system: You are a helpful assistant.
user:
Analyze the provided spectrum to determine if it is a **"Cataclysmic Variables (CV)"**.

- **Key Indicators for CV (Check for either state):**
    - **State 1: Quiescent / Low-State (Emission-Dominated)**
        - **(Primary):** Strong and *very broad* Hydrogen Balmer emission lines (e.g., $H\alpha$ at 6563 Å, $H\beta$ at 4861 Å). The 'broadness' (high velocity dispersion, often FWHM > 1000 km/s) is the key diagnostic, indicating a high-velocity accretion disk.
        - **(Secondary):** Broad neutral Helium (He I) emission lines (e.g., 5876 Å, 6678 Å).
        - **(Key Confirmation):** Presence of high-excitation *ionized* Helium (He II) emission at 4686 Å. This is a strong indicator of accretion onto a white dwarf.
        - **(Line Profile):** Emission lines may exhibit a 'double-peaked' profile, which is a classic signature of a rotating accretion disk viewed at high inclination.

    - **State 2: Outburst / High-State (Absorption-Dominated)**
        - **(Primary):** Spectrum is dominated by a bright, blue continuum (looks like a hot star).
        - **(Secondary):** The emission lines from State 1 are weak, absent, or 'filled in', and are replaced by broad, shallow *absorption* lines (primarily Balmer and He I).
        - **(Morphology):** The overall spectrum mimics a hot B/A-type star. The crucial difference is that the absorption lines are significantly broader, shallower, and more 'washed-out' (or 'smeared') than the sharp lines of a normal stellar photosphere, due to high rotational speeds and pressure broadening in the disk.

Think first, call **spectral_visualization_tool** if needed to examine features in detail, then provide your final answer. Your response must adhere to the following strict rules:
1.  **Overall Structure:** Your response must follow the format `<think>...</think> <tool_call>...</tool_call> (if a tool is used) <answer>...</answer>`.
2.  **Tool Usage Constraint:** You may only make **one** tool call per turn.
3.  **Final Answer Format:** In the `<answer>` tag, your conclusion must be inside a `\boxed{}` command (e.g., `\boxed{YES}`), followed by your justification.

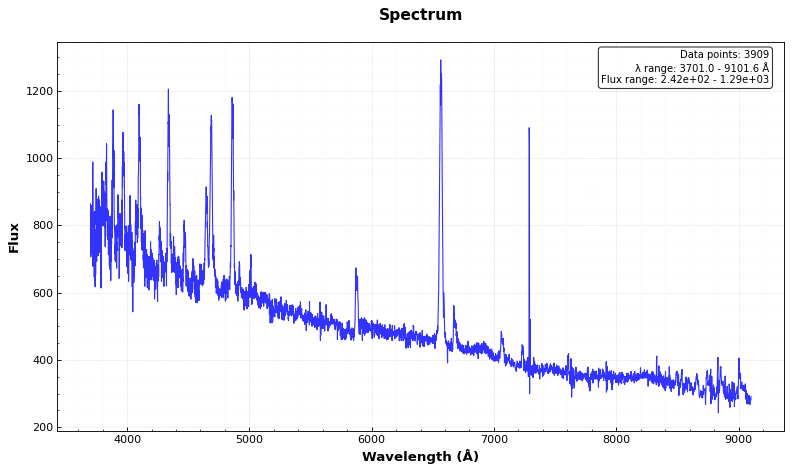
Answer: YES